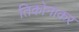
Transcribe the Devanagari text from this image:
तिकोनाकर